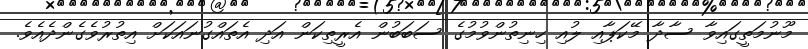
މޫނުމަތީގައިވާ ސާދާ މޭކަޕާއި ލުއި ހިނިތުންވުމުގެ ސަބަބުން އެރީތިކަން އަދި އެތައްގުނައަކަށް އިތުރުވެގެންދެއެވެ.